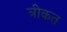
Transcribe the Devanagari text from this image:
त्रीकत